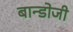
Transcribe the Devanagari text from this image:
बान्डोजी